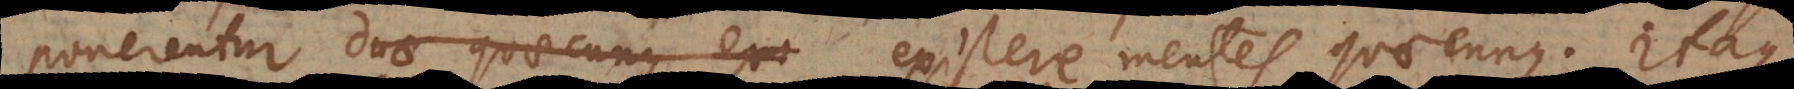
ponerentur duae quaecunque exi existere mentes quaecunque. Itaque